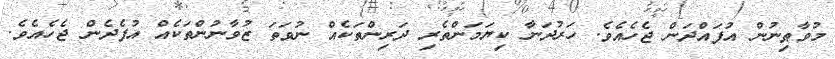
މުވާޠިނުން އުފައްދަން ޖެހެއެވެ. ހަރުދަނާ ކިޔަމަންތެރި ދަރިންތަކެއް ނުވަތަ ޒުވާނުންތަކެއް އުފެދެން ޖެހެއެވެ.